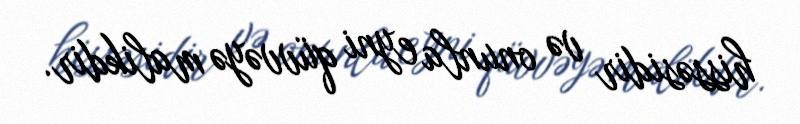
hissəsidir və onunla eyni qüvvəyə malikdir.